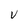
Character: V